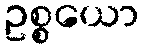
ဥစ္စယော